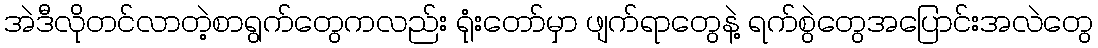
အဲဒီလိုတင်လာတဲ့စာရွက်တွေကလည်း ရုံးတော်မှာ ဖျက်ရာတွေနဲ့ ရက်စွဲတွေအပြောင်းအလဲတွေ